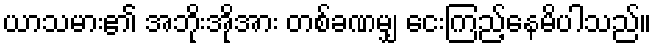
ယာသမား၏ အဘိုးအိုအား တစ်ခဏမျှ ငေးကြည့်နေမိပါသည်။